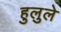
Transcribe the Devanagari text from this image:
हुलुले